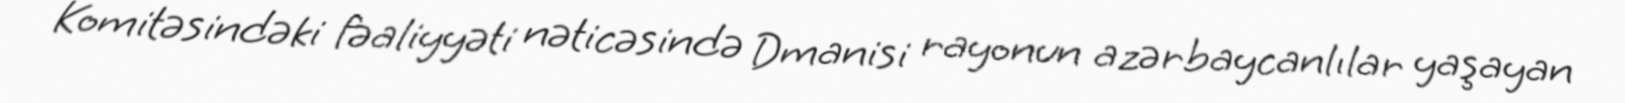
Komitəsindəki fəaliyyəti nəticəsində Dmanisi rayonun azərbaycanlılar yaşayan